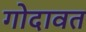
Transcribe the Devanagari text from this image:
गोदावत